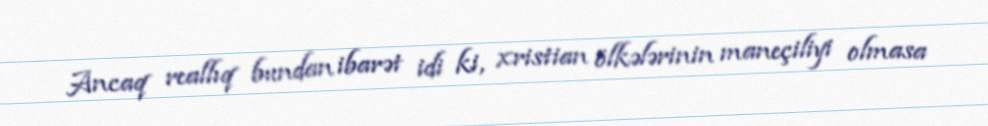
Ancaq reallıq bundan ibarət idi ki, xristian ölkələrinin maneçiliyi olmasa